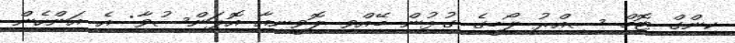
ކިންގް ޓޮމް ސިއްރު ލޯބީގެ ގުޅުން ބޭއްވި ލޮވީނިއާ އޮޕަންސުވާ: އެ އަންހެން